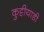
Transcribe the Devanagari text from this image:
कुट्टीयाडी